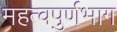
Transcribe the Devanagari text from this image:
महत्वपुर्णभाग